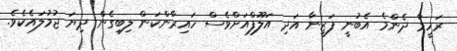
ރަހީމާ ދެންމެ އެބުނީ ފަޒީނާ އަދި އަލޫފްއަށްވެސް ހައިރާންކަން ލިބިގެން ދިޔަ ޖުމުލައެކެވެ.